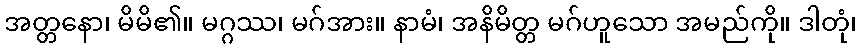
အတ္တနော၊ မိမိ၏။ မဂ္ဂဿ၊ မဂ်အား။ နာမံ၊ အနိမိတ္တ မဂ်ဟူသော အမည်ကို။ ဒါတုံ၊